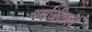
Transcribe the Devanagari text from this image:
स्वजीवत्वं